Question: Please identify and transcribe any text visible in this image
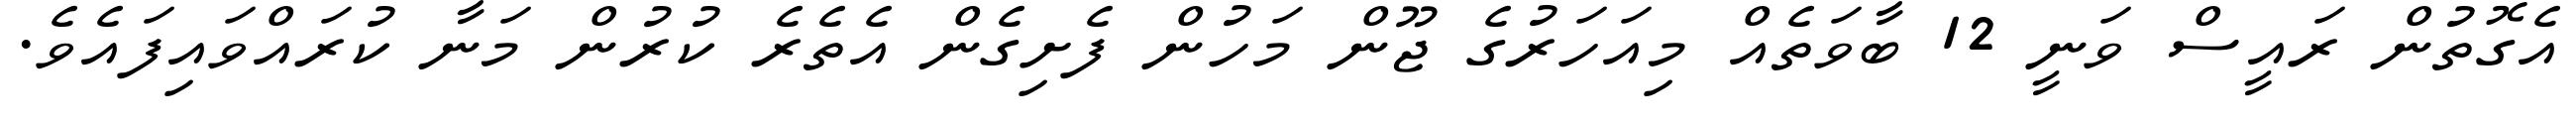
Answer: އެގޮތުން ރައީސް ވަނީ 12 ބާވަތެއް މިއަހަރުގެ ޖޫން މަހުން ފެށިގެން އެތެރެ ކުރުން މަނާ ކުރައްވައިފައެވެ.